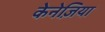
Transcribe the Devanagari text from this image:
केनेज़िया